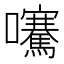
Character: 𡅶